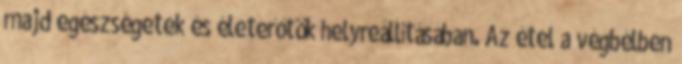
majd egészségetek és életerőtök helyreállításában. Az étel a végbélben